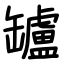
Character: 罏